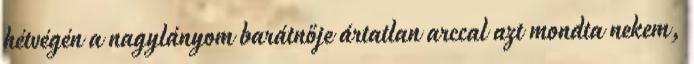
hétvégén a nagylányom barátnője ártatlan arccal azt mondta nekem,